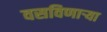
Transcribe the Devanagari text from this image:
वसविणार्‍या